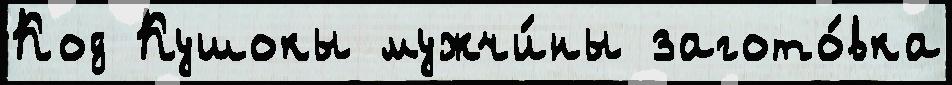
Код Кушокы мужчи́ны загото́вка